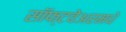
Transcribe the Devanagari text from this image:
सॉफ्टवेअरमधे